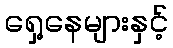
ရှေ့နေများနှင့်